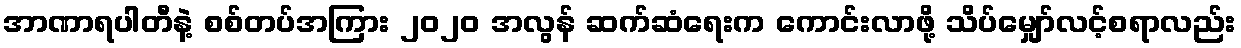
အာဏာရပါတီနဲ့ စစ်တပ်အကြား ၂၀၂၀ အလွန် ဆက်ဆံရေးက ကောင်းလာဖို့ သိပ်မျှော်လင့်စရာလည်း